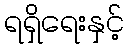
ရရှိရေးနှင့်